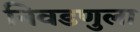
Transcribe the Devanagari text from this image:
निवडणुला